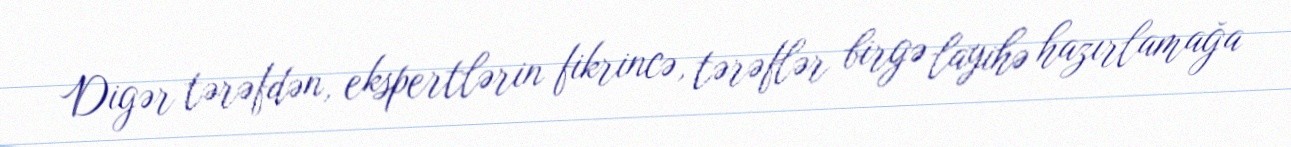
Digər tərəfdən, ekspertlərin fikrincə, tərəflər birgə layihə hazırlamağa